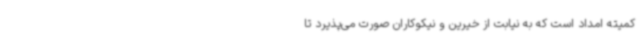
کمیته امداد است که به نیابت از خیرین و نیکوکاران صورت می‌پذیرد تا